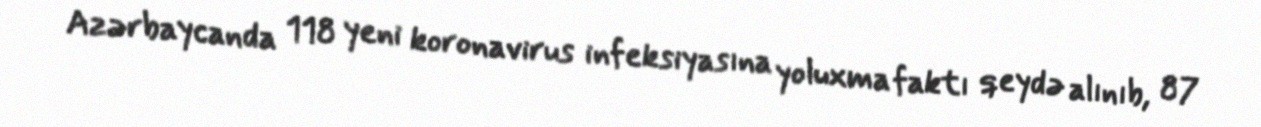
Azərbaycanda 118 yeni koronavirus infeksiyasına yoluxma faktı qeydə alınıb, 87